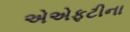
એએફટીના